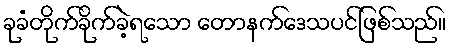
ခုခံတိုက်ခိုက်ခဲ့ရသော တောနက်ဒေသပင်ဖြစ်သည်။